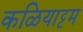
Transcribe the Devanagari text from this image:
कळियाट्टम